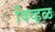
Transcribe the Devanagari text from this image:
विव्हळ